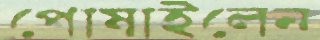
পোষাইলেন